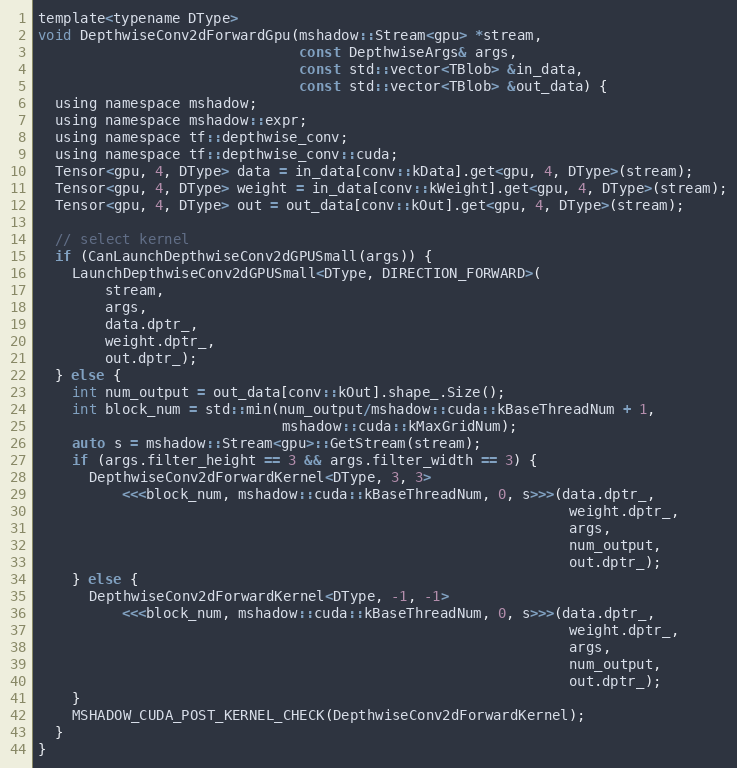
Language: C
template<typename DType>
void DepthwiseConv2dForwardGpu(mshadow::Stream<gpu> *stream,
                               const DepthwiseArgs& args,
                               const std::vector<TBlob> &in_data,
                               const std::vector<TBlob> &out_data) {
  using namespace mshadow;
  using namespace mshadow::expr;
  using namespace tf::depthwise_conv;
  using namespace tf::depthwise_conv::cuda;
  Tensor<gpu, 4, DType> data = in_data[conv::kData].get<gpu, 4, DType>(stream);
  Tensor<gpu, 4, DType> weight = in_data[conv::kWeight].get<gpu, 4, DType>(stream);
  Tensor<gpu, 4, DType> out = out_data[conv::kOut].get<gpu, 4, DType>(stream);

  // select kernel
  if (CanLaunchDepthwiseConv2dGPUSmall(args)) {
    LaunchDepthwiseConv2dGPUSmall<DType, DIRECTION_FORWARD>(
        stream,
        args,
        data.dptr_,
        weight.dptr_,
        out.dptr_);
  } else {
    int num_output = out_data[conv::kOut].shape_.Size();
    int block_num = std::min(num_output/mshadow::cuda::kBaseThreadNum + 1,
                             mshadow::cuda::kMaxGridNum);
    auto s = mshadow::Stream<gpu>::GetStream(stream);
    if (args.filter_height == 3 && args.filter_width == 3) {
      DepthwiseConv2dForwardKernel<DType, 3, 3>
          <<<block_num, mshadow::cuda::kBaseThreadNum, 0, s>>>(data.dptr_,
                                                               weight.dptr_,
                                                               args,
                                                               num_output,
                                                               out.dptr_);
    } else {
      DepthwiseConv2dForwardKernel<DType, -1, -1>
          <<<block_num, mshadow::cuda::kBaseThreadNum, 0, s>>>(data.dptr_,
                                                               weight.dptr_,
                                                               args,
                                                               num_output,
                                                               out.dptr_);
    }
    MSHADOW_CUDA_POST_KERNEL_CHECK(DepthwiseConv2dForwardKernel);
  }
}